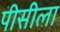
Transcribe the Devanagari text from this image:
पीसीला